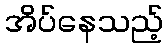
အိပ်နေသည့်